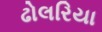
ઢોલરિયા